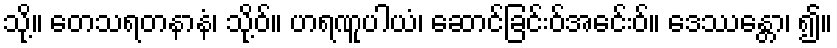
သို့။ တေသရတနာနံ၊ သို့ဝ်။ ဟရဏူပါယံ၊ ဆောင်ခြင်းဝ်အငေ်းဝ်။ ဒေဿန္တော၊ ၍။